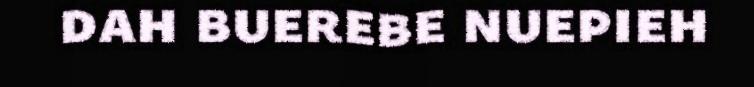
dah buerebe nuepieh